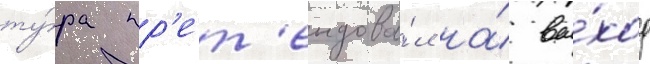
ту́ра пр'ет'ендова́л на́ вы́ход